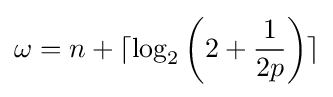
\omega =n+\lceil \log _{2}\left(2+{\frac {1}{2p}}\right)\rceil